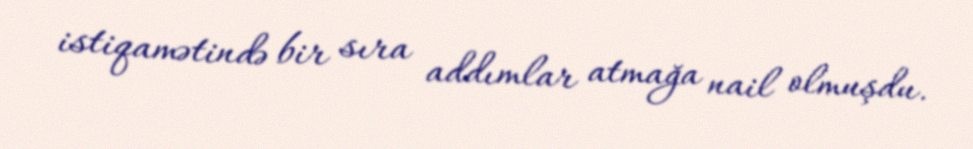
istiqamətində bir sıra addımlar atmağa nail olmuşdu.